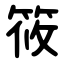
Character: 筱